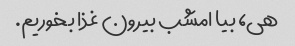
هی، بیا امشب بیرون غذا بخوریم.